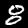
Label: 8